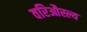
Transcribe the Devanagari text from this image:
वरिऔस्ल्य